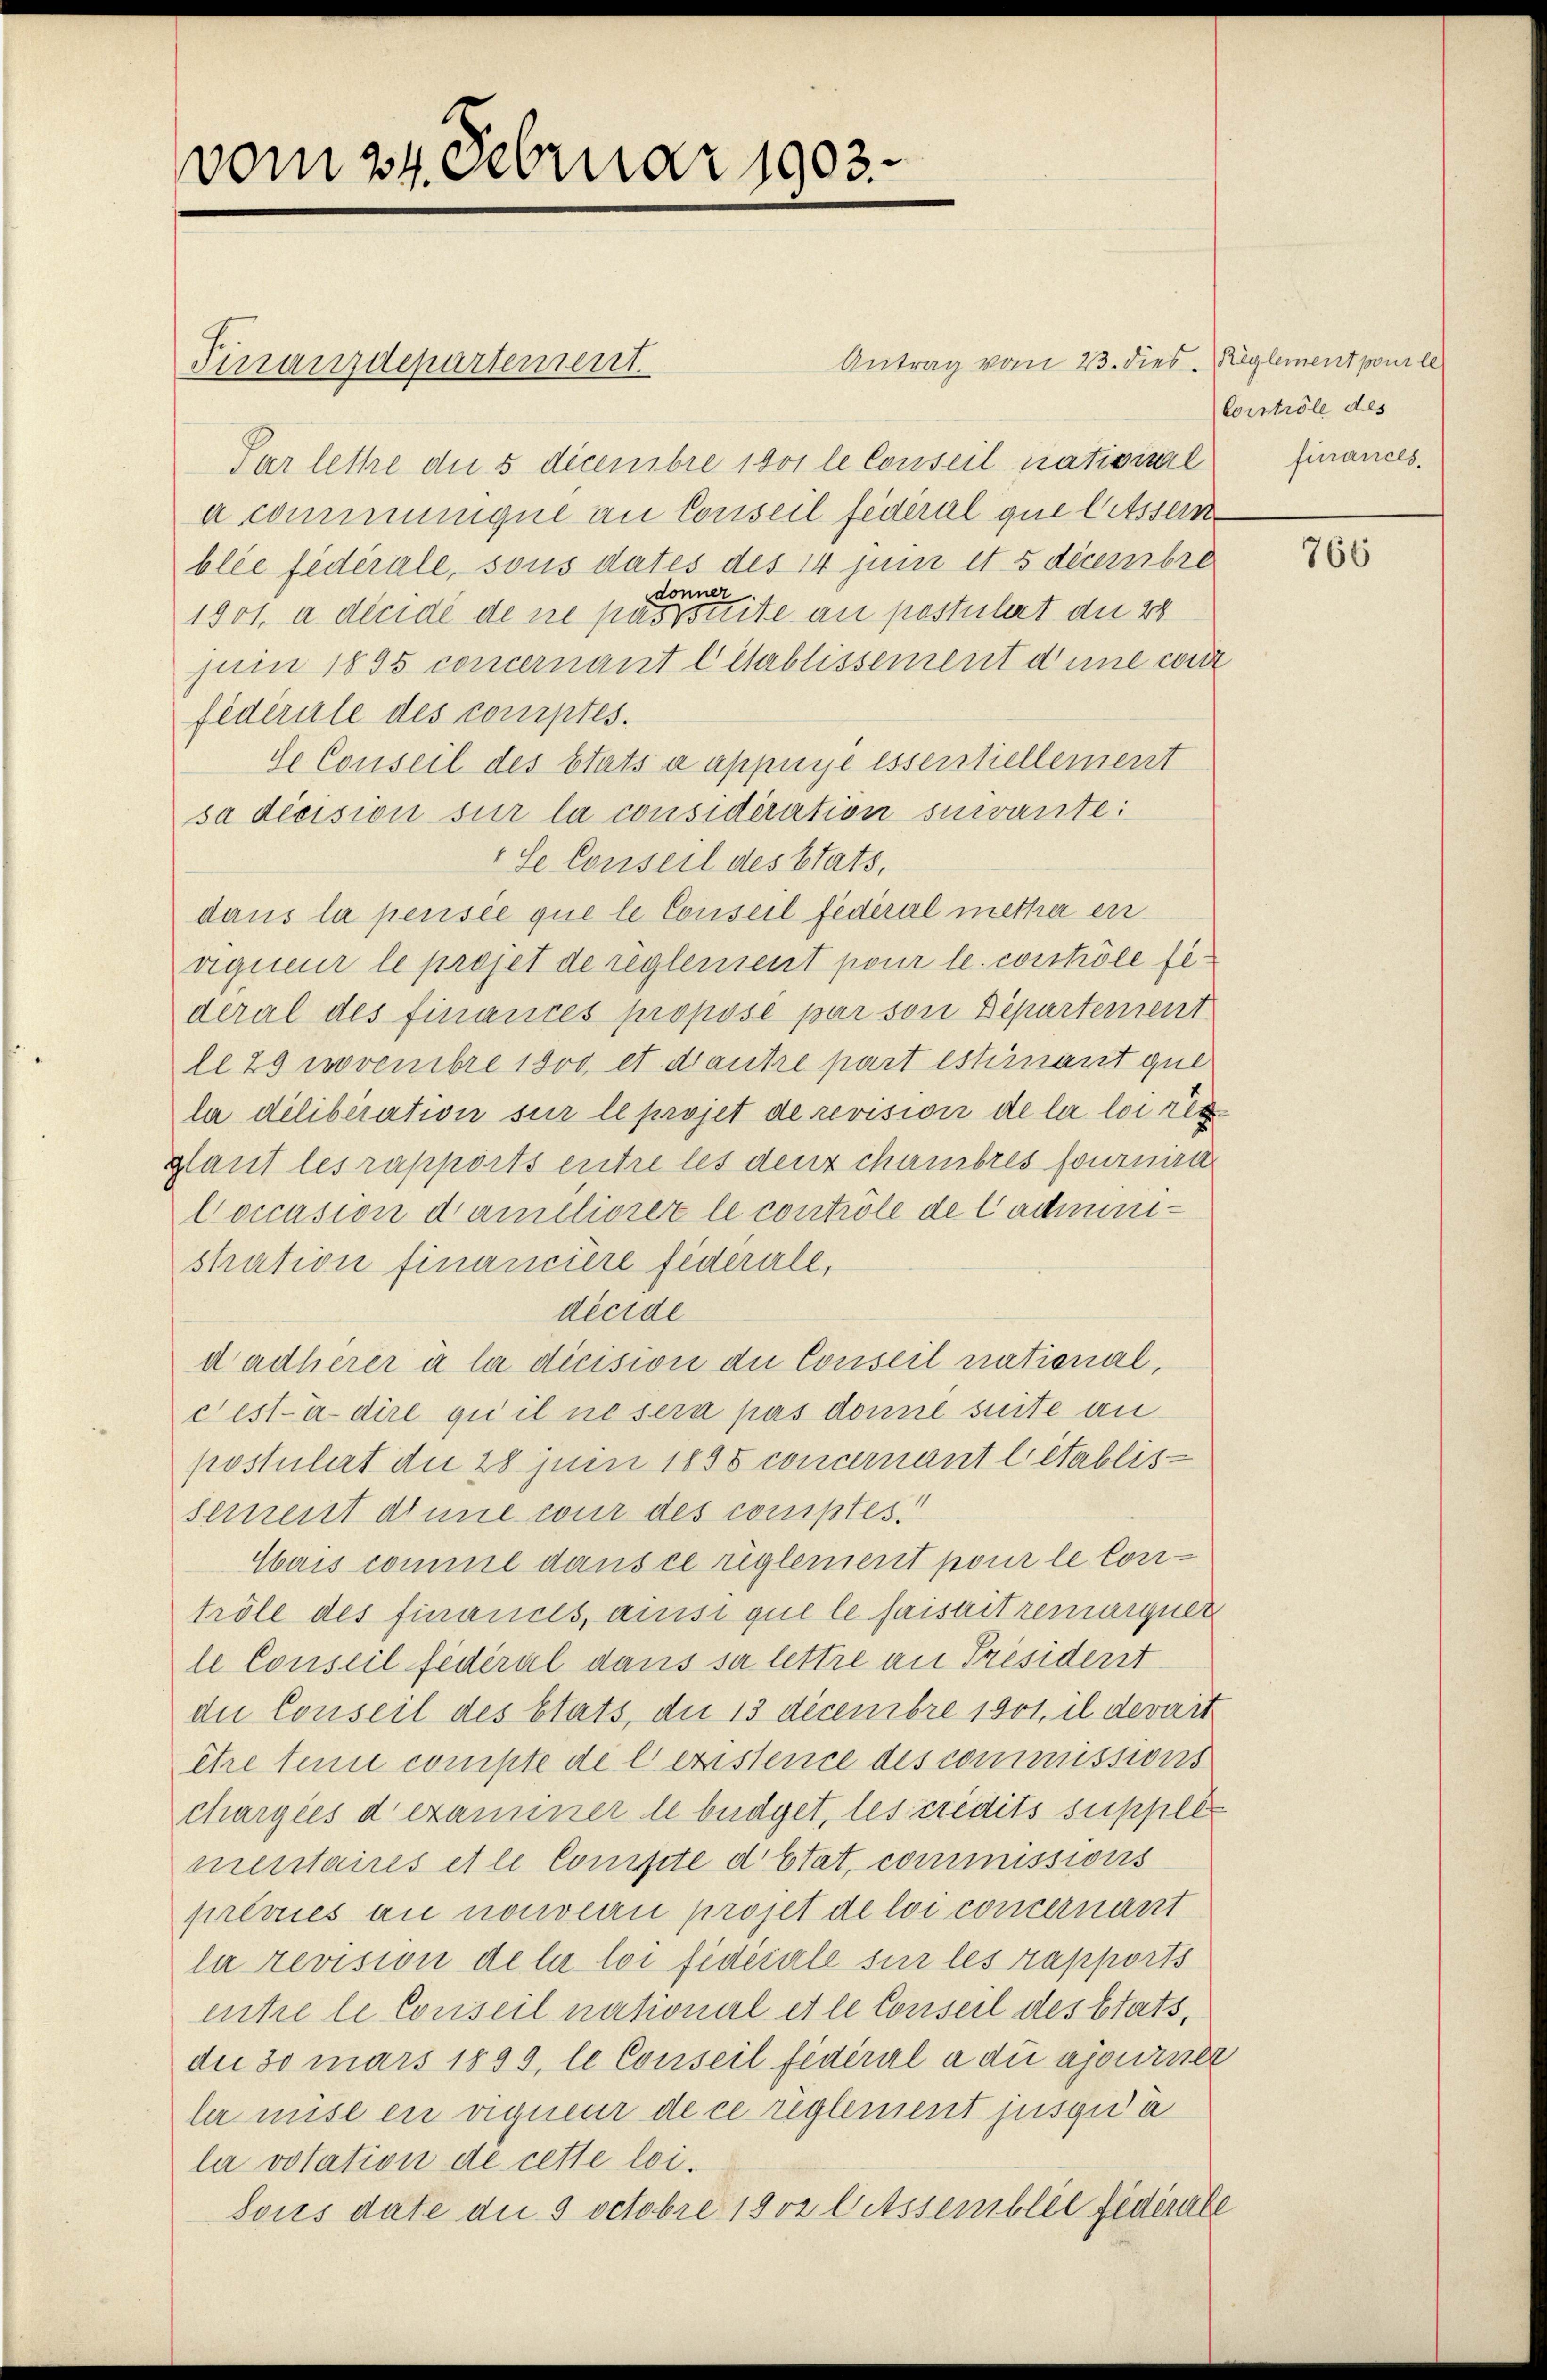
vom 24. Februar 1903.

Finanzdepartement.

Antrag vom 23. dies. (Reglement pour le
Par lettre die 5 decembre 1801 le Conseil nativiert finances.
a communiqué au Conseil fédéral que letssein
blée fédérale, sous dates des 14 juni et 5 decembre
donner
1901, a décidé de ne passstirte an postulirt du 28
Juin 1895 concernant lehrblissement d’une cont
fédérale des comptes.
de Conseil des Etats a appuye essentiellement
sa décision sur la considération suivante:
"Se Conseil des Stats,
dans la pensée que le Conseil fédéral mether en
riquer le projet de reglement pour le controle federal des finances proposé par von Departement
le 29 Novembre 1800 et drantre part estirnant que
la délibération sur le projet de revision de la loi regdant les rapports entre les dens chambres fournira
loccasion daméliorez le contrôle de Cadministration financiere fédérale,
décide
dadlerer à la dicision die Conseil national,
cest-à-dire qui il ne sera pas donne suite anpostulirt du 28 Juni 1898 concernant l’établissement dinne cour des comptes!
Mais comme dans ce reglement pour le Contröle des finances, ainsi que le faisait remargner
le Conseil fédéral dans sur lettre an Président
die Conseil des stats, die 13 decembre 1901, il devait
ehre sein compte de lexistence des commissions
chargies dexaminer le büdget, les credits suppler
mentaires et le Compte d Etat, commissions
prévues au nouvern projet de loi concernant
la revision de la loi fideiarle sur les rapports
ente le Conseil national et le Conseil des Etats,
du 30 mars 1839, le Conseil fédéral a du ajourner
ler mise en eigneur de ce reglement jusqu’à
lar votation de cette loi.
Sous date die 3 octobre 1802 litssemblée fédérale

Conströle des

766